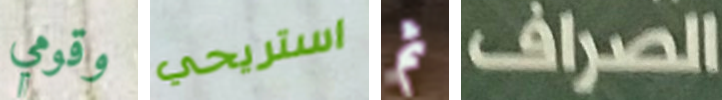
وقومي استريحي ثم الصراف